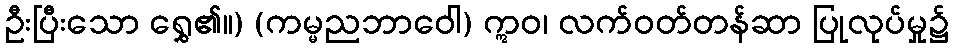
ဦးပြီးသော ရွှေ၏။) (ကမ္မညဘာဝေါ) ဣဝ၊ လက်ဝတ်တန်ဆာ ပြုလုပ်မှု၌